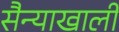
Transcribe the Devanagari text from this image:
सैन्याखाली